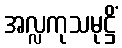
အလ္လကုသမုဋ္ဌိံ